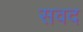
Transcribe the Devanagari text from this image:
सवद